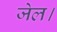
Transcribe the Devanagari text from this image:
जेल।